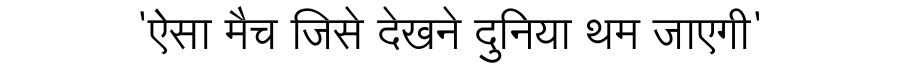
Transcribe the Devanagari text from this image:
'ऐसा मैच जिसे देखने दुनिया थम जाएगी'